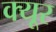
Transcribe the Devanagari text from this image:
क्यूर